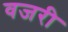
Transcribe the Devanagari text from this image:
वजरी